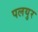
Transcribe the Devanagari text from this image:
पलयुर